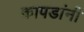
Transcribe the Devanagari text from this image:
कापडांनी